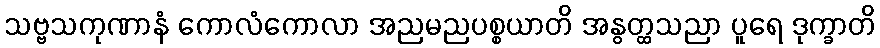
သဗ္ဗသကုဏာနံ ကောလံကောလာ အညမညပစ္စယာတိ အနွတ္ထသညာ ပူရေ ဒုက္ခာတိ